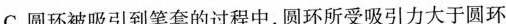
C.圆环被吸引到笔套的过程中，圆环所受吸引力大于圆环